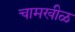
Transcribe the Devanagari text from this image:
चामखीळ